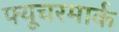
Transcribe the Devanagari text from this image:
फ्यूचरमार्क